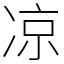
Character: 凉